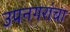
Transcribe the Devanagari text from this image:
उपनगरांचा